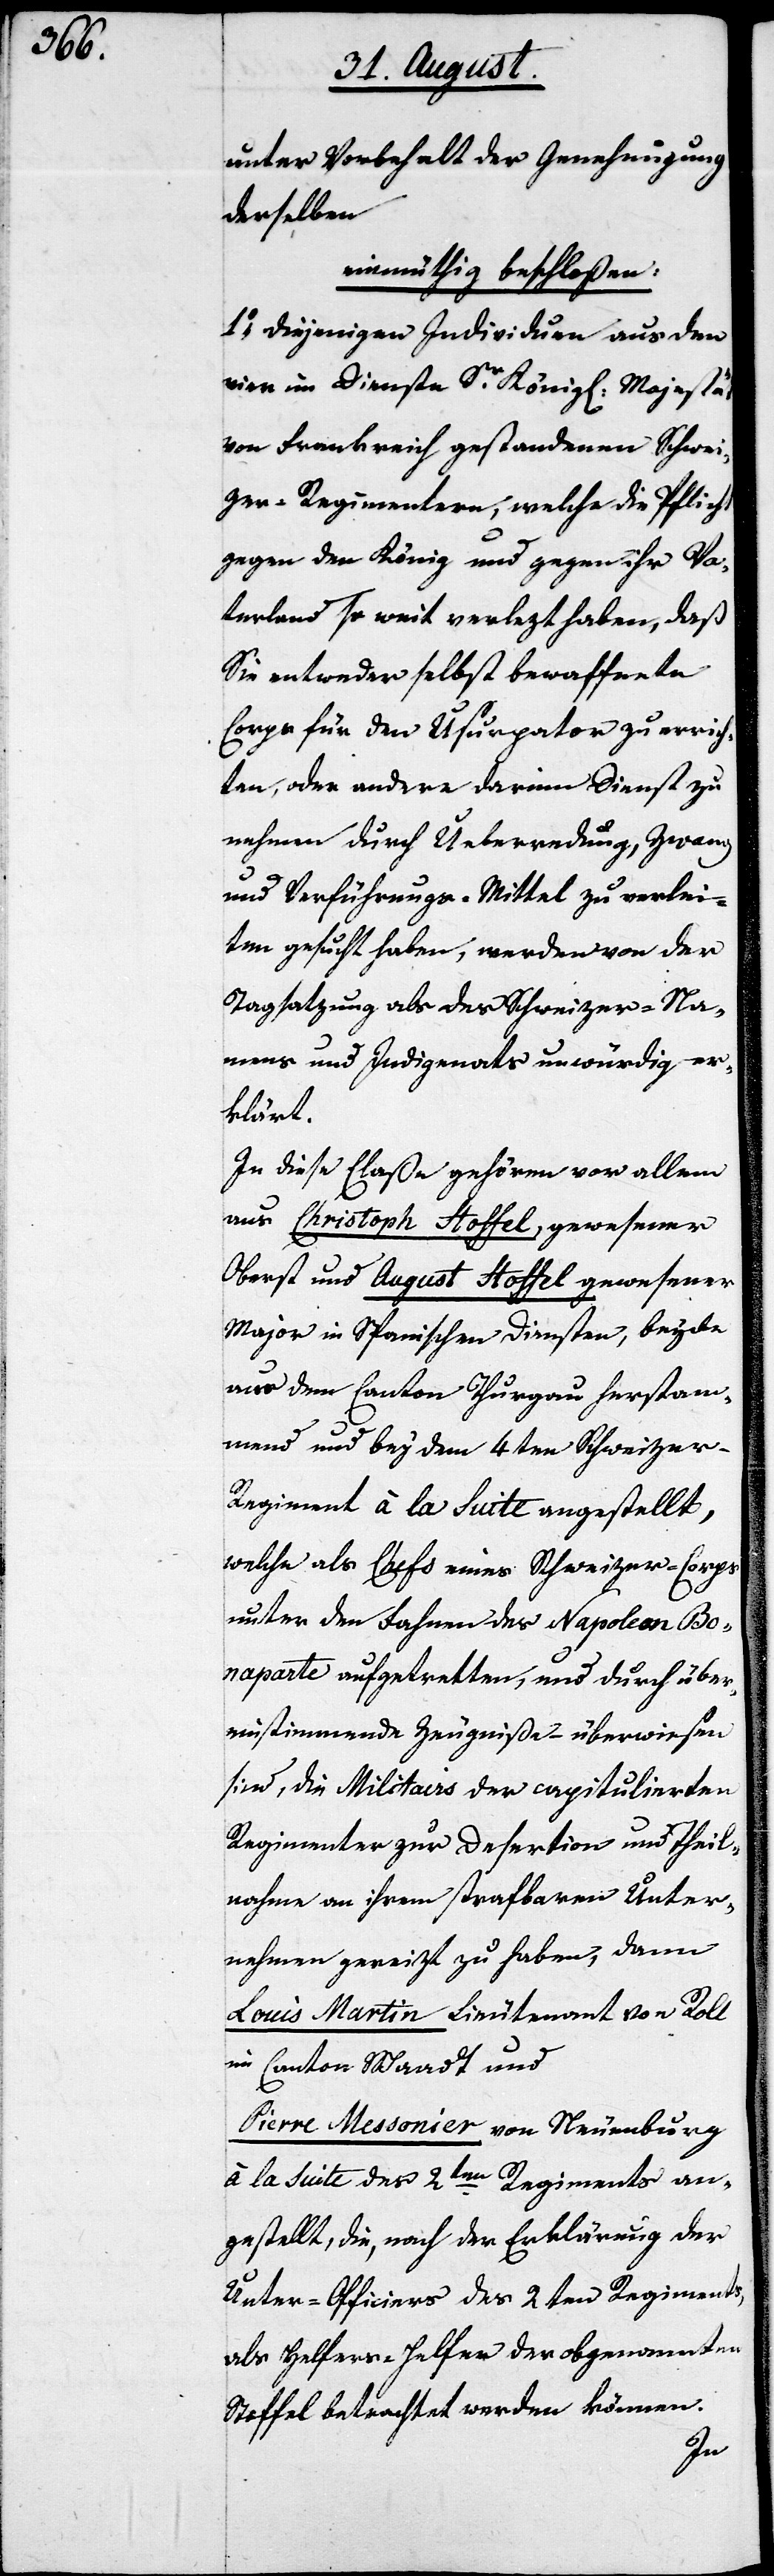
unter Vorbehalt der Genehmigung
derselben
einmüthig beschloßen:
1.) Diejenigen Individuen aus den
vier im Dienste Sr. Königl. Majestät
von Frankreich gestandenen Schwei¬
zer-Regimentern, welche die Pflicht
gegen den König und gegen ihr Va¬
terland so weit verletzt haben, daß
Sie entweder selbst bewaffnete
Corps für den Usurpator zu errich¬
ten, oder andere darinn Dienst zu
nehmen durch Ueberredung, Zwang
und Verführungs-Mittel zu verlei¬
ten gesucht haben, werden von der
Tagsatzung als des Schweizer-Na¬
mens und Indigenats unwürdig er¬
klärt.
In diese Claße gehören vor allem
aus Christoph Stoffel, gewesener
Oberst und August Stoffel gewesener
Major in Spanischen Diensten, beyde
aus dem Canton Thurgau herstam¬
mend und bey dem 4ten Schweize¬
r-Regiment à la Suite angestellt,
welche als Chefs eines Schweizer-Corps
unter den Fahnen des Napoleon Bo¬
naparte aufgetretten, und durch über¬
einstimmende Zeugniße – überwiesen
sind, die Militairs der capitulierten
Regimenter zur Desertation und Theil¬
nahme an ihrem strafbaren Unter¬
nehmen gereizt zu haben, dann
Louis Martin, Lieutenant von Roll
im Canton Waadt und
Pierre Messonier von Neuenburg
à la Suite des 2ten Regiments an¬
gestellt, die, nach der Erklärung der
Unter-Officiers des 2ten Regiments,
als Helfers-Helfer der obgenannten
Stoffel betrachtet werden können.